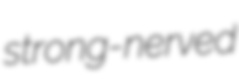
strong-nerved